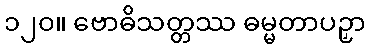
၁၂၀။ ဗောဓိသတ္တဿ ဓမ္မတာပဉှာ